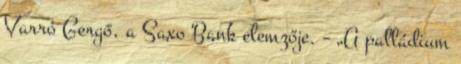
Varró Gergő, a Saxo Bank elemzője. – „A palládium